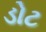
ડોટ